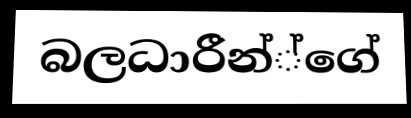
බලධාරීන්්ගේ